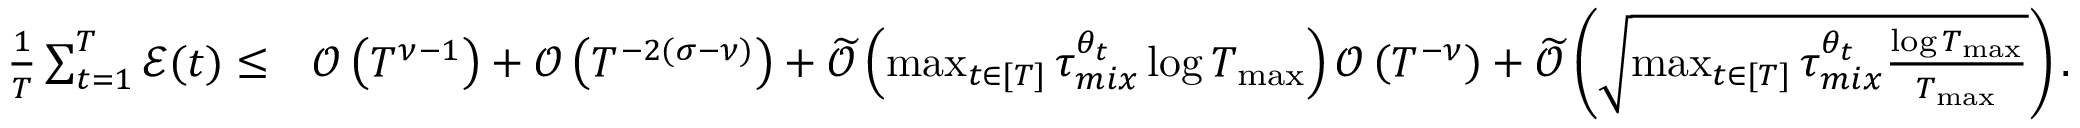
\begin{array} { r l } { \frac { 1 } { T } \sum _ { t = 1 } ^ { T } \mathcal { E } ( t ) \leq } & { \mathcal { O } \left( T ^ { \nu - 1 } \right) + \mathcal { O } \left( T ^ { - 2 ( \sigma - \nu ) } \right) + \widetilde { \mathcal { O } } \left( \operatorname* { m a x } _ { t \in [ T ] } \tau _ { m i x } ^ { \theta _ { t } } \log T _ { \operatorname* { m a x } } \right) \mathcal { O } \left( T ^ { - \nu } \right) + \widetilde { \mathcal { O } } \left( \sqrt { \operatorname* { m a x } _ { t \in [ T ] } \tau _ { m i x } ^ { \theta _ { t } } \frac { \log T _ { \operatorname* { m a x } } } { T _ { \operatorname* { m a x } } } } \right) . } \end{array}